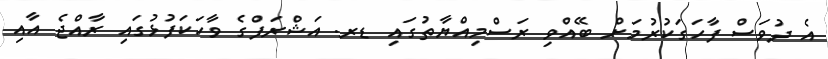
އެ ދުވަސް ފާހަގަކުރުމަށް ބޭއްވި ރަސްމިއްޔާތުގައި ޑރ. އަޝްރަފްގެ ވާހަކަފުޅުގައި ރާއްޖެ އާއި